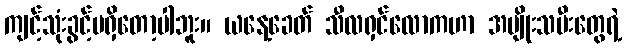
ကျင့်သုံးခွင့်မရှိတော့ပါဘူး။ ယနေ့ခေတ် သီလရှင်လောကဟာ အမျိုးသမီးတွေရဲ့